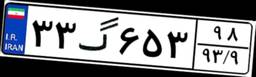
۳۳گ۶۵۳۹۸